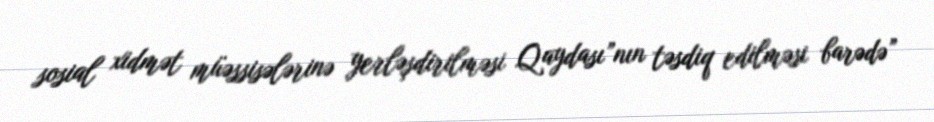
sosial xidmət müəssisələrinə yerləşdirilməsi Qaydası”nın təsdiq edilməsi barədə”